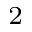
^ 2